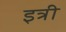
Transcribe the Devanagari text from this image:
इत्री